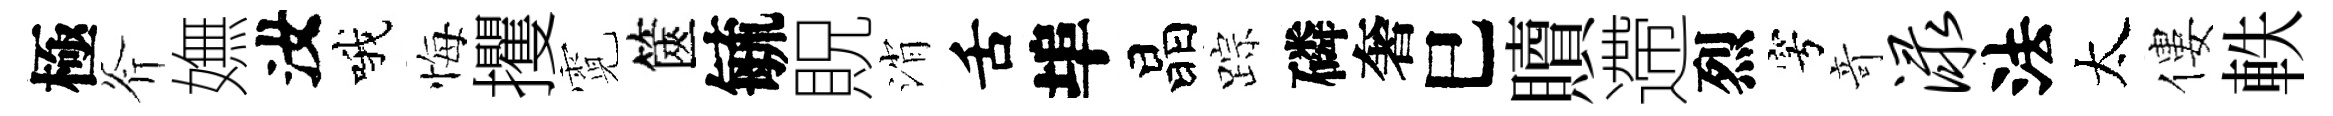
極斧嫵汝哦悔攫霓篋毓貺消舌埠晶踪磷奢巳贖遰烈穹竒渌法太僂軼